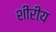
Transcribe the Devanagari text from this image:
शीरीय